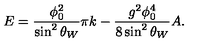
E = \frac { \phi _ { 0 } ^ { 2 } } { \sin ^ { 2 } \theta _ { W } } \pi k - \frac { g ^ { 2 } \phi _ { 0 } ^ { 4 } } { 8 \sin ^ { 2 } \theta _ { W } } A .